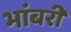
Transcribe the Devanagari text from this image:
भांबरी